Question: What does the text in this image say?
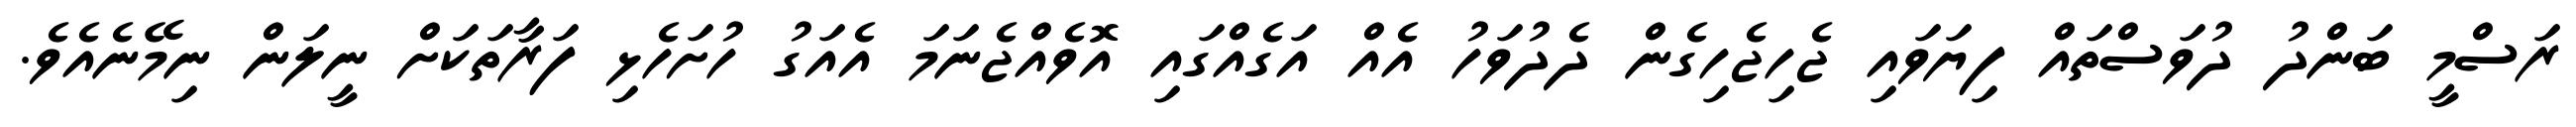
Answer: ރަސްމީ ބަންދު ދުވަސްތައް ފިޔަވައި ޖެހިޖެހިގެން ދެދުވަހު އެއް އަގެއްގައި އޮވެއްޖެނަމަ އެއަގު ހުށަހެޅި ފަރާތަކަށް ނީލަން ނިމޭނެއެވެ.